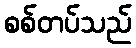
စစ်တပ်သည်